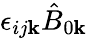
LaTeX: \epsilon_{ij\mathbf{k}}\hat{{B}}_{0\mathbf{k}}